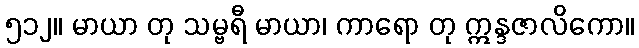
၅၁၂။ မာယာ တု သမ္ဗရီ မာယာ၊ ကာရော တု ဣန္ဒဇာလိကော။